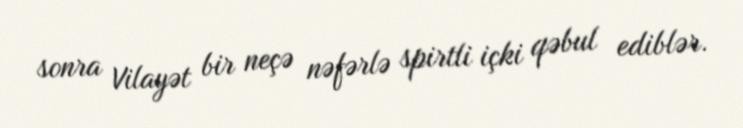
sonra Vilayət bir neçə nəfərlə spirtli içki qəbul ediblər.